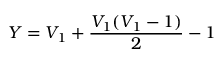
Y = V _ { 1 } + \frac { V _ { 1 } ( V _ { 1 } - 1 ) } { 2 } - 1